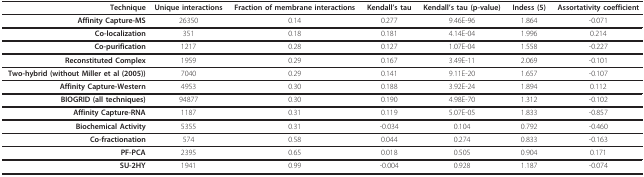
<table><thead><tr><td><b>Technique</b></td><td><b>Unique interactions</b></td><td><b>Fraction of membrane interactions</b></td><td><b>Kendall&#x27;s tau</b></td><td><b>Kendall&#x27;s tau (p-value)</b></td><td><b>Indess (5)</b></td><td><b>Assortativity coefficient</b></td></tr></thead><tbody><tr><td><b>Affinity Capture-MS</b></td><td>26350</td><td>0.14</td><td>0.277</td><td>9.46E-96</td><td>1.864</td><td>-0.071</td></tr><tr><td><b>Co-localization</b></td><td>351</td><td>0.18</td><td>0.181</td><td>4.14E-04</td><td>1.996</td><td>0.214</td></tr><tr><td><b>Co-purification</b></td><td>1217</td><td>0.28</td><td>0.127</td><td>1.07E-04</td><td>1.558</td><td>-0.227</td></tr><tr><td><b>Reconstituted Complex</b></td><td>1959</td><td>0.29</td><td>0.167</td><td>3.49E-11</td><td>2.069</td><td>-0.101</td></tr><tr><td><b>Two-hybrid (without Miller et al (2005))</b></td><td>7040</td><td>0.29</td><td>0.141</td><td>9.11E-20</td><td>1.657</td><td>-0.107</td></tr><tr><td><b>Affinity Capture-Western</b></td><td>4953</td><td>0.30</td><td>0.188</td><td>3.92E-24</td><td>1.894</td><td>0.112</td></tr><tr><td><b>BIOGRID (all techniques)</b></td><td>94877</td><td>0.30</td><td>0.190</td><td>4.98E-70</td><td>1.312</td><td>-0.102</td></tr><tr><td><b>Affinity Capture-RNA</b></td><td>1187</td><td>0.31</td><td>0.119</td><td>5.07E-05</td><td>1.833</td><td>-0.857</td></tr><tr><td><b>Biochemical Activity</b></td><td>5355</td><td>0.31</td><td>-0.034</td><td>0.104</td><td>0.792</td><td>-0.460</td></tr><tr><td><b>Co-fractionation</b></td><td>574</td><td>0.58</td><td>0.044</td><td>0.274</td><td>0.833</td><td>-0.163</td></tr><tr><td><b>PF-PCA</b></td><td>2395</td><td>0.65</td><td>0.018</td><td>0.505</td><td>0.904</td><td>0.171</td></tr><tr><td><b>SU-2HY</b></td><td>1941</td><td>0.99</td><td>-0.004</td><td>0.928</td><td>1.187</td><td>-0.074</td></tr></tbody></table>